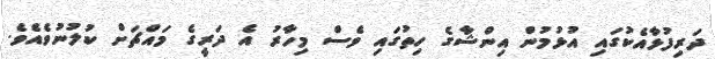
ދަރިފުޅާއެކުގައި އުޅުމުން އިންޝާގެ ހިތުގައި ވެސް މިހާރު އެ ދަރީގެ މައްޗަށް ކުލުނުވެއެވެ.